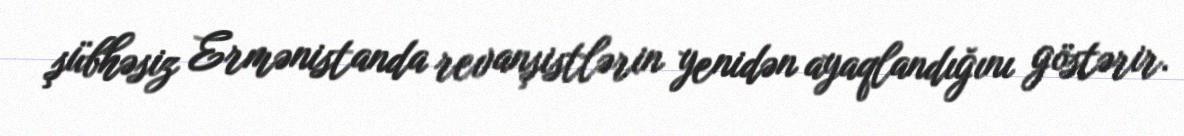
şübhəsiz Ermənistanda revanşistlərin yenidən ayaqlandığını göstərir.